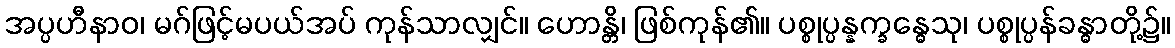
အပ္ပဟီနာဝ၊ မဂ်ဖြင့်မပယ်အပ် ကုန်သာလျှင်။ ဟောန္တိ၊ ဖြစ်ကုန်၏။ ပစ္စုပ္ပန္နက္ခန္ဓေသု၊ ပစ္စုပ္ပန်ခန္ဓာတို့၌။